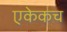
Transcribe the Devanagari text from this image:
एकेकच